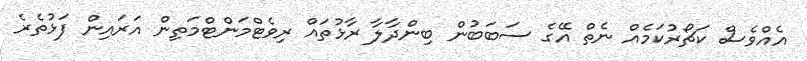
އެއްވެސް ކަޗޯރުކަމެއް ނެތް އޭގެ ސަބަބުން ބިންދާލާ ރާޅުތައް ރިވެޓްމަންޓްމަތިން އަރައިން ފަޅުތެރެ